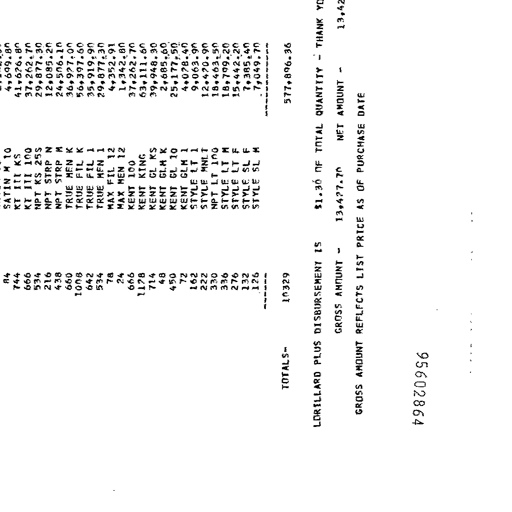
84 SATIN M 10 4,699.80
744 KT III KS 41,626.80
666 KT III 100 37,262.70
534 NPT KS 25S 29,877.30
216 NPT STRP N 12,085.20
438 NPT STRP M 24,506.10
660 TRUE MEN K 36,927.00
1008 TRUE FIL K 56,397.60
642 TRUE FIL 1 35,919.90
534 TRUE MEN 1 29,877.30
78 MAX FIL 12 4,352.91
24 MAX MEN 12 1,342.80
666 KENT 100 37,262.70
1128 KENT KING 63,111.60
714 KENT GL KS 39,948.30
48 KENT GL M K 2,685.60
450 KENT GL 10 25,177.50
72 KENT GLM 1 4,028.40
162 STYLE LT 1 9,063.90
222 STYLE MNLT 12,420.90
330 NPT LT 100 18,463.50
336 STYLE LT M 18,799.20
276 STYLE LT F 15,442.20
132 STYLE SL F 7,385.40
126 STYLE SL M 7,049.70
-----
TOTALS- 10329 577,896.36
LORILLARD PLUS DISBURSEMENT IS $1.30 OF TOTAL QUANTITY - THANK YOU
GROSS AMOUNT - 13,427.70 NET AMOUNT - 13,427.70
GROSS AMOUNT REFLECTS LIST PRICE AS OF PURCHASE DATE
79820956